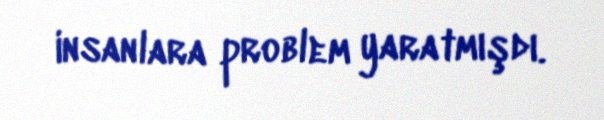
insanlara problem yaratmışdı.